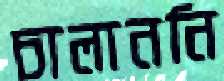
চালাননি